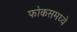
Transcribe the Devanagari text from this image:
फोकसमध्ये